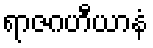
ရာဇဂဟီယာနံ